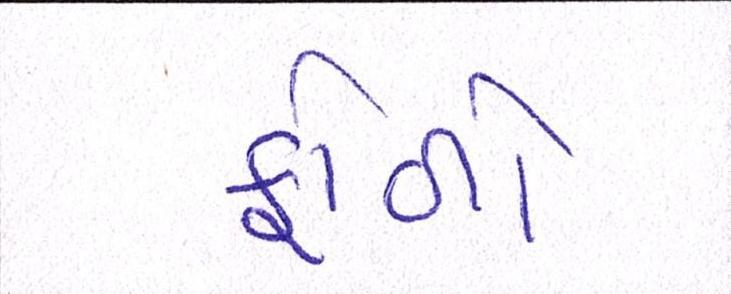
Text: ફાળો